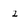
Character: 2